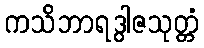
ကသိဘာရဒွါဇသုတ္တံ